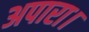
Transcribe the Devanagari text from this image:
अपारा।